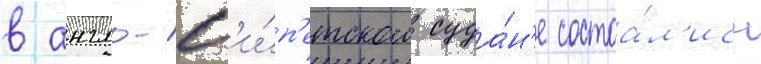
в англо-ег'и́п'етском суда́н'е состоа́л'ись